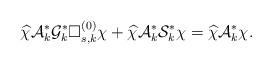
LaTeX: \begin{align*}\widehat\chi\mathcal{A}^*_k\mathcal{G}^*_k\Box^{(0)}_{s,k}\chi+\widehat\chi\mathcal{A}^*_k\mathcal{S}^*_k\chi=\widehat\chi\mathcal{A}^*_k\chi.\end{align*}